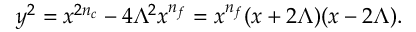
y ^ { 2 } = x ^ { 2 n _ { c } } - 4 \Lambda ^ { 2 } x ^ { n _ { f } } = x ^ { n _ { f } } ( x + 2 \Lambda ) ( x - 2 \Lambda ) .